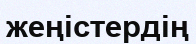
жеңістердің